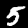
Digit: 5